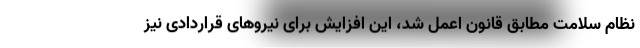
نظام سلامت مطابق قانون اعمل شد، این افزایش برای نیروهای قراردادی نیز